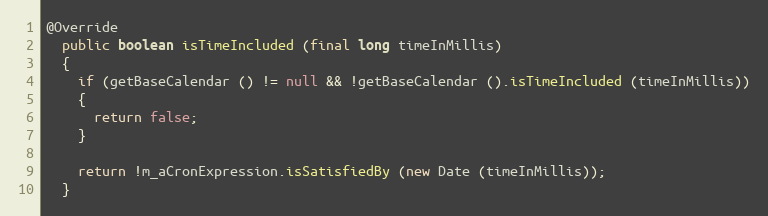
Language: Java
@Override
  public boolean isTimeIncluded (final long timeInMillis)
  {
    if (getBaseCalendar () != null && !getBaseCalendar ().isTimeIncluded (timeInMillis))
    {
      return false;
    }

    return !m_aCronExpression.isSatisfiedBy (new Date (timeInMillis));
  }